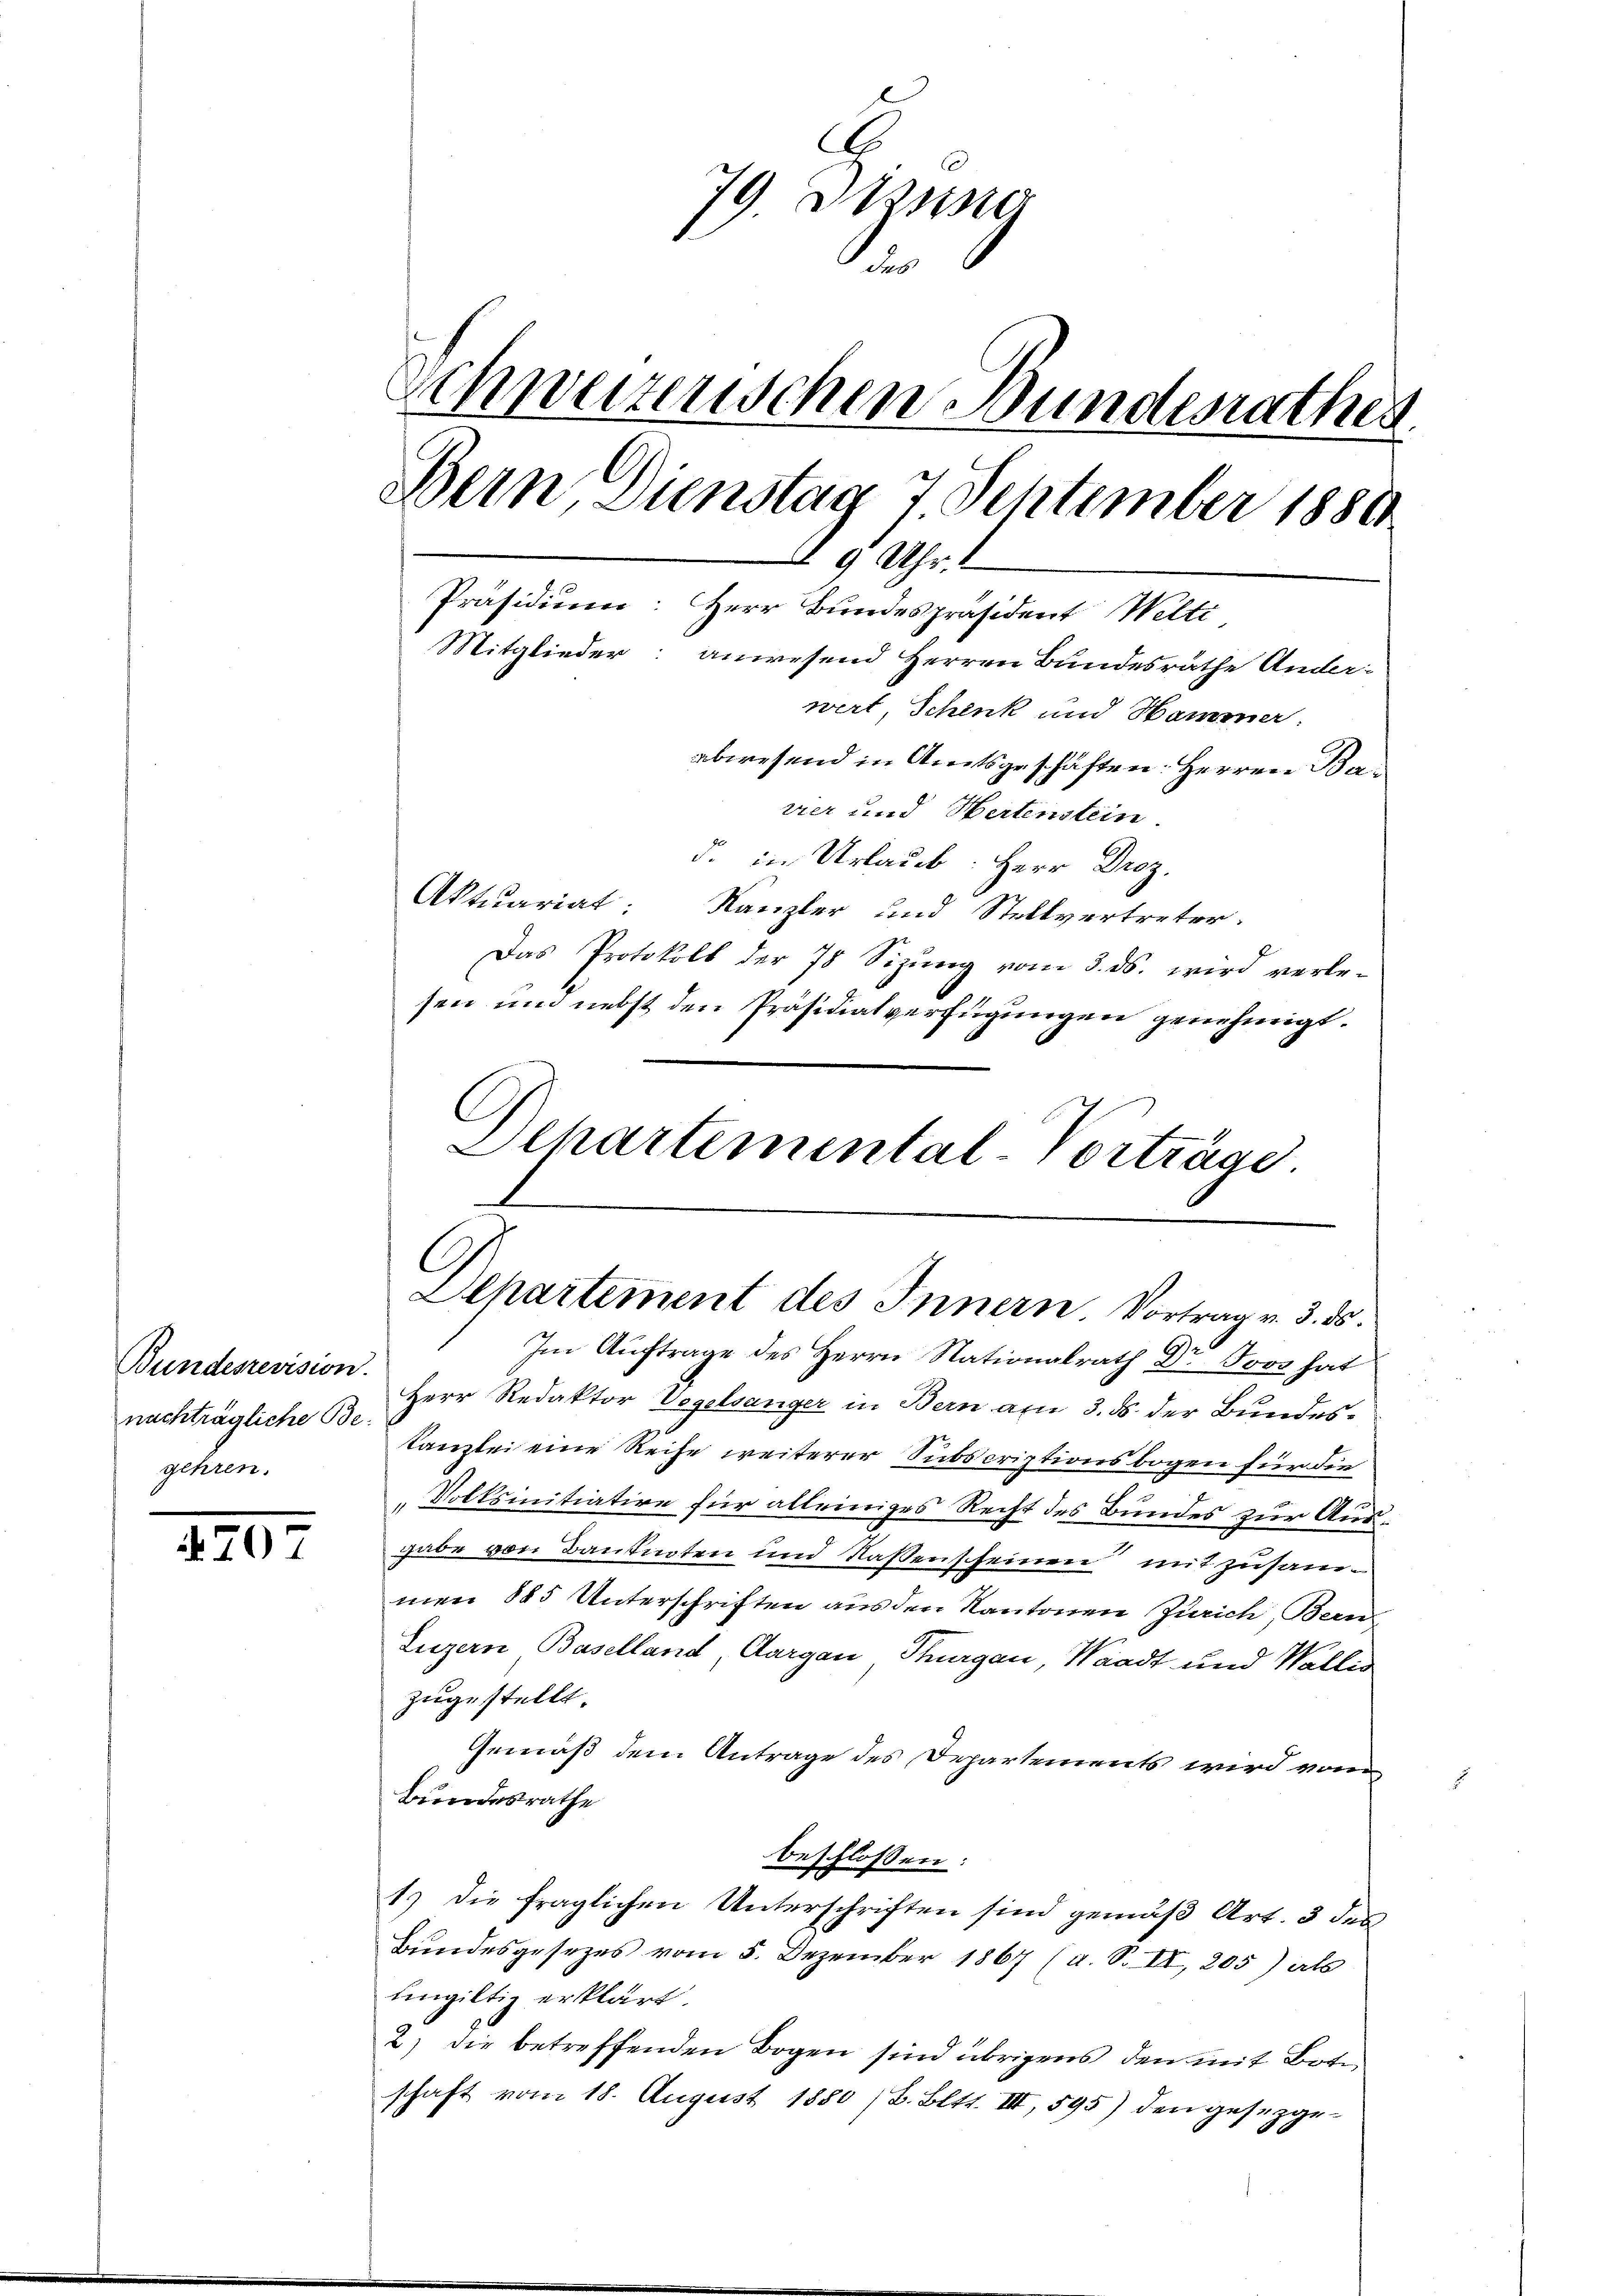
Bundesrevision.
nachträgliche Begehren.

70

E
1
9. Itzung
.
Schweizerischen Bundesrathes
Bern, Dienstag 7. September 1880
 9 Uhr. 1
Präsidium: Herr Bundespräsident Welti
Mitglieder: anwesend Herren Bundesräthe Ander-
wert Schenk und Hammer:
abwesend in Amtsgeschäften: Herren Barrer und Hartenstein
d. in Urlaub: Herr Droz.
Aktuariat: Kanzler und Stellvertreter:
Das Protokoll der 78 Sizŭng vom 3. ds. wird verle¬

sen und nebst den Präsidialverfügungen genehmigt.
C
Dehartemental Vorträge

Im Aŭftrage des Herrn Nationalrath Dr Jovo hat
Herr Redaktor Vogelsanger in Bern am 3. ds. der Bundes¬
Kanzlei eine Reihe weiterer Subscriptionsbogen für die
Volksinitiative für alleiniges Recht des Bundes zur Ausgabe von Banknoten und Kassenscheinen mit zusammen 885 Unterschriften aus den Kantonen Zürich, Bern
Luzern Baselland Aargau, Thurgau, Waadt und Wallis
zugestellt.
Gemäß dem Antrage des Departements wird vom
Bundesrathe
beschlossen:
1.) Die fraglichen Unterschriften sind gemäß Art. 3 des
Bundesgesezes vom 5. Dezember 1867 (u. S. II, 205) als
uingiltig erklärt.
2) die betreffenden Bogen sind übrigens den mit Bote
schaft vom 18. August 1880 /B. Bett. III, 595) den gesetzge¬

Departement des Innern Vortrag v. 3. ds.